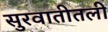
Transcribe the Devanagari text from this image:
सुरवातीतली